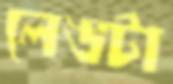
লেঙটা